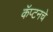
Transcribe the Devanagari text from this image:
कॅप्टनचे